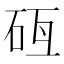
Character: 𥑗